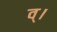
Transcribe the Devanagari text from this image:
व्।